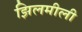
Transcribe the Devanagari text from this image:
झिलमीली